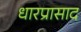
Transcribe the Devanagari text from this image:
धारप्रासाद